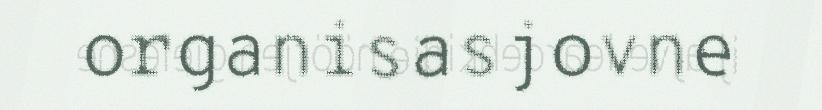
organisasjovne